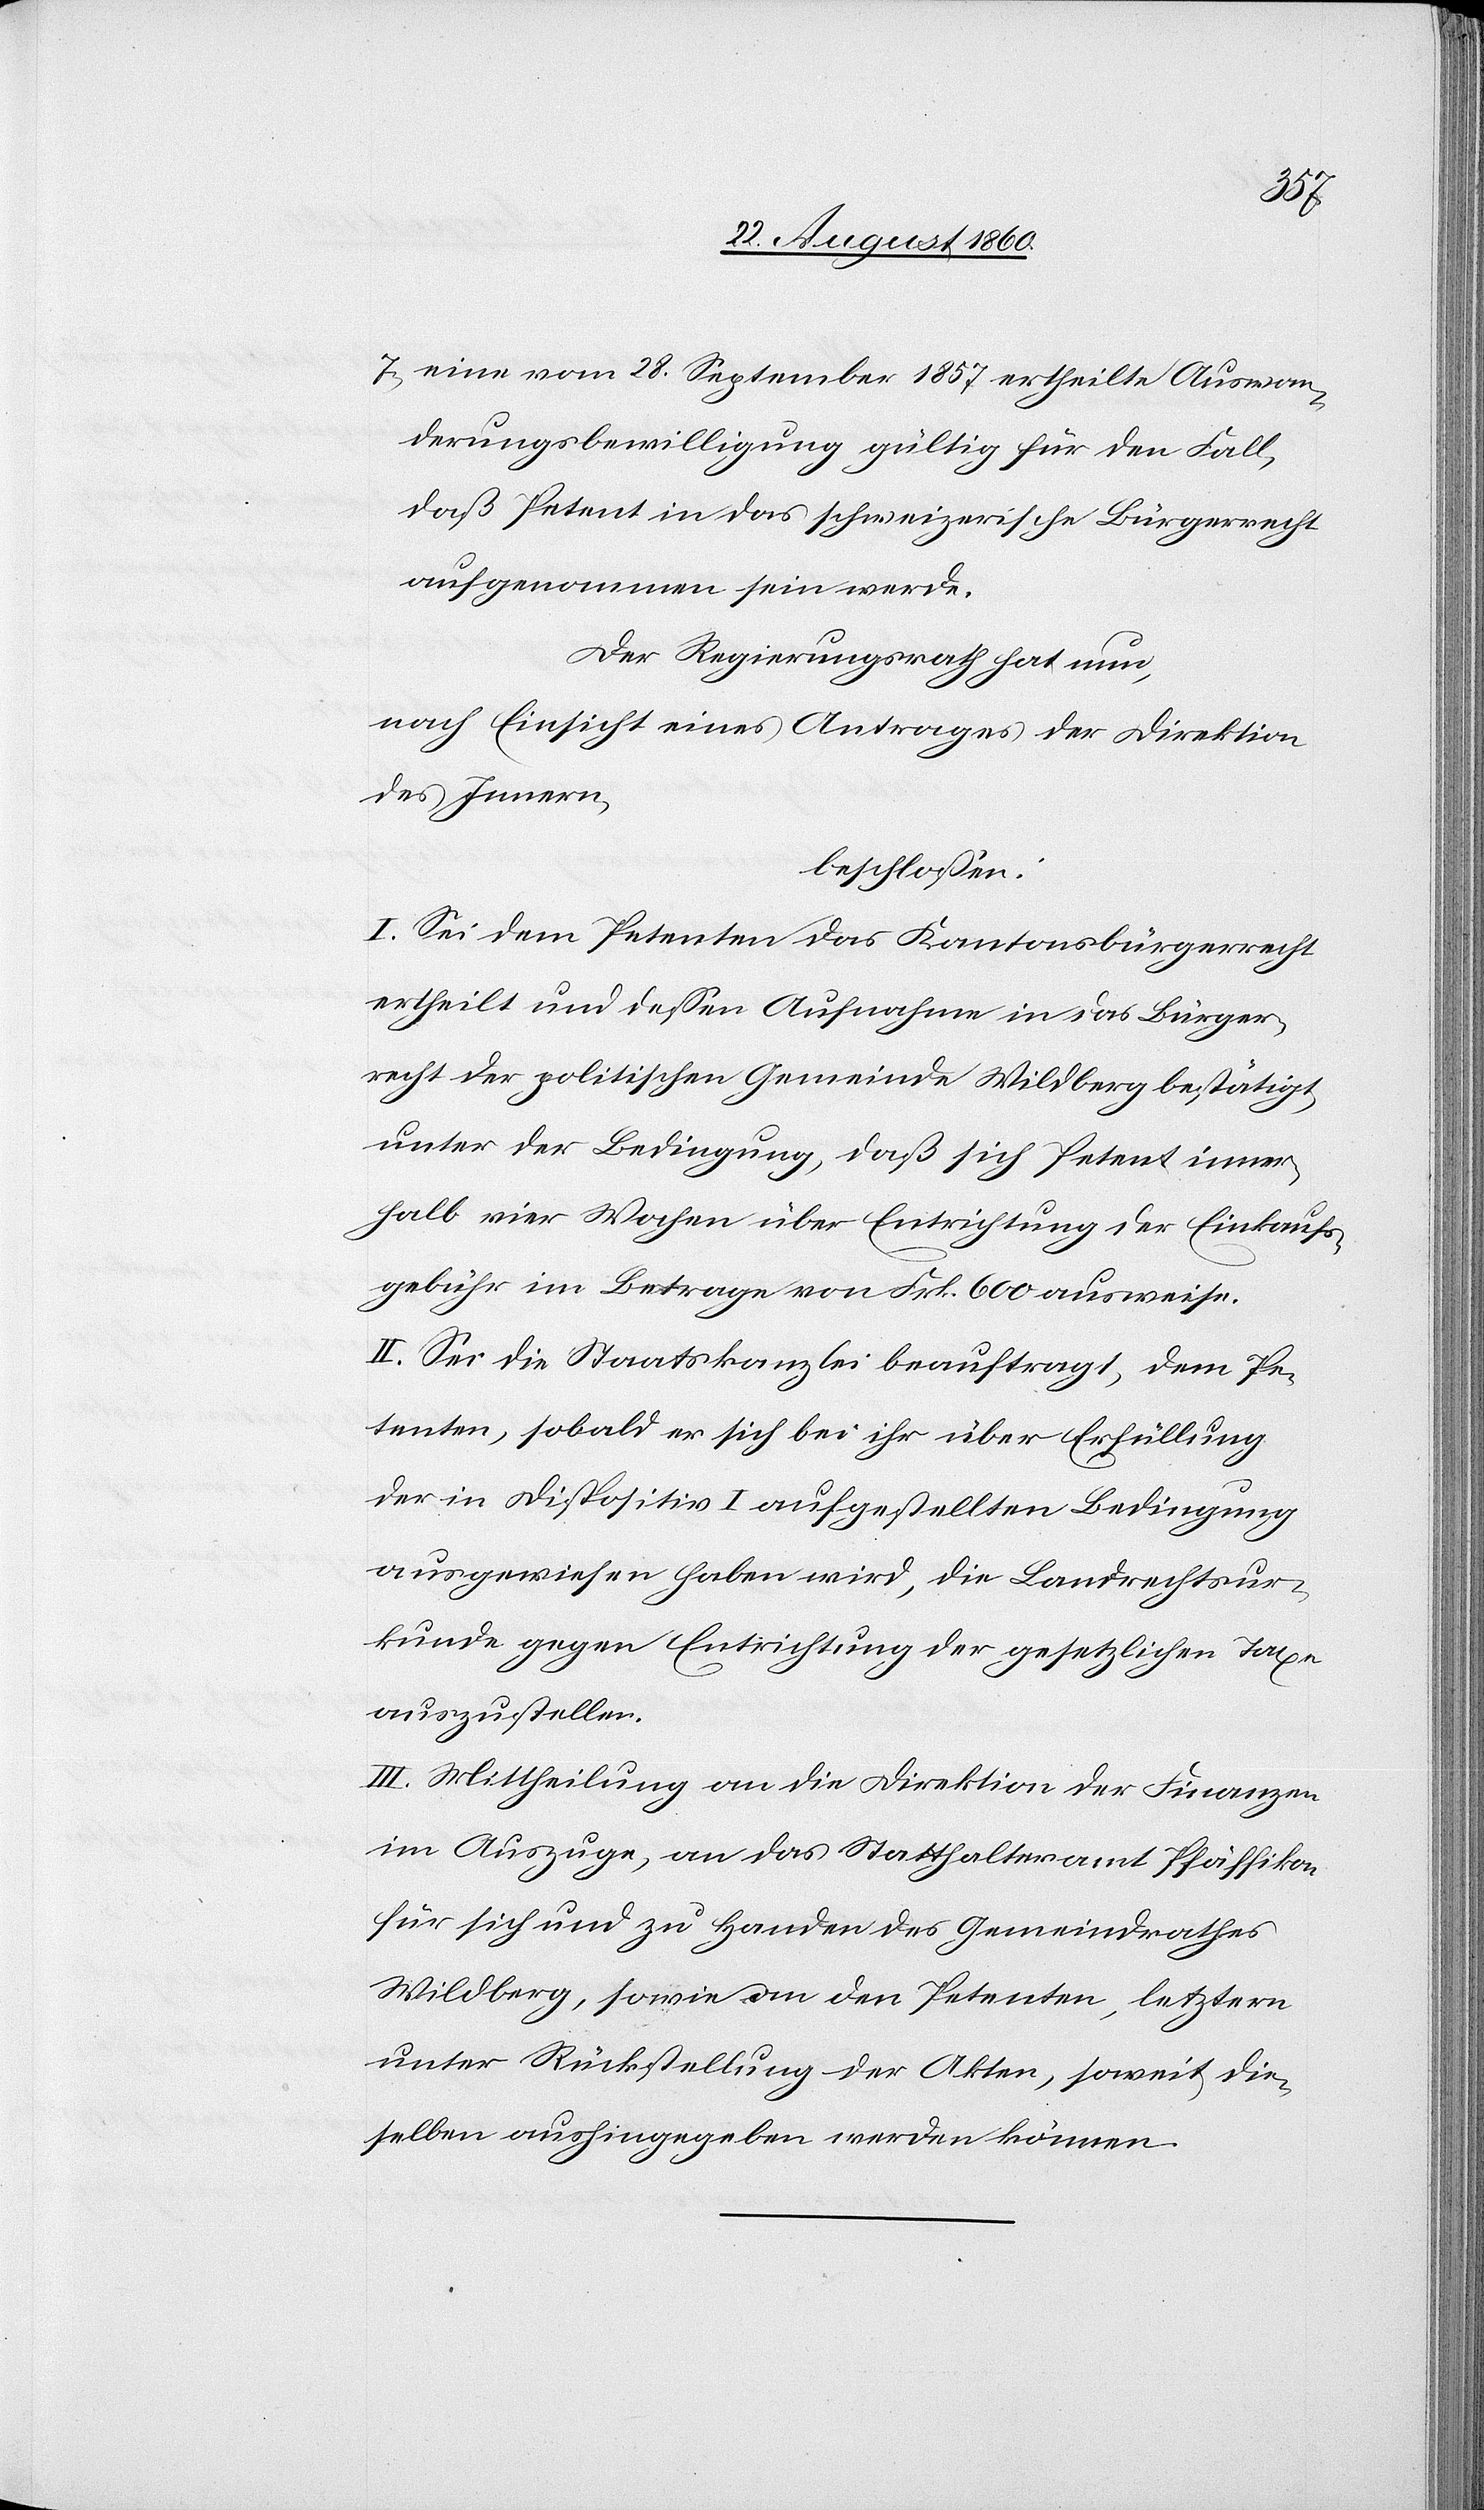
selben
7) eine vom 28. September 1857 ertheilte Auswan¬
derungsbewilligung gültig für den Fall,
dass Petent in das schweizerische Bürgerrecht
aufgenommen sein werde.
Der Regierungsrath hat nun,
nach Einsicht eines Antrages der Direktion
des Innern,
beschlossen:
I. Sei dem Petenten das Kantonsbürgerrecht
ertheilt u. dessen Aufnahme in das Bürger¬
recht der politischen Gemeinde Wildberg bestätigt
unter der Bedingung, dass sich Petent inner¬
halb 4 Wochen über Entrichtung der Einkaufs¬
gerrecht im Betrage von fcs. 600 ausweise.
II. Sei die Staatskanzlei beauftragt, dem Pe¬
tenten, so bald er sich bei ihr über Erfüllung
der in Disp. I. aufgestellten Bedingung
ausgewiesen haben wird, die Landrechtsur¬
kunde gegen Entrichtung der gesetzlichen Taxe
auszustellen.
III. Mittheilung an die Direktion der Finanzen
im Auszuge, an das Statthalteramt Pfäffikon
für sich und zu Handen des Gemeindrathes
Wildberg, sowie an den Petenten, letztern
unter Rückstellung der Akten, soweit die¬